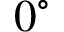
0 ^ { \circ }